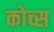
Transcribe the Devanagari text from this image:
कोच्स